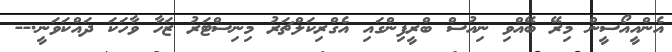
އެންއީއޯސީން މިރޭ ބޭއްވި ނިއުސް ބްރީފިންގައި އެގްރިކަލްޗަރު މިނިސްޓަރު ޒަހާ ވާހަކަ ދައްކަވަނީ.--